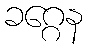
ခဂ္ဂေန